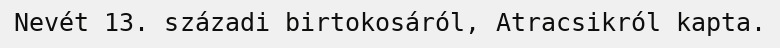
Nevét 13. századi birtokosáról, Atracsikról kapta.